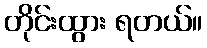
တိုင်းထွား ရတယ်။